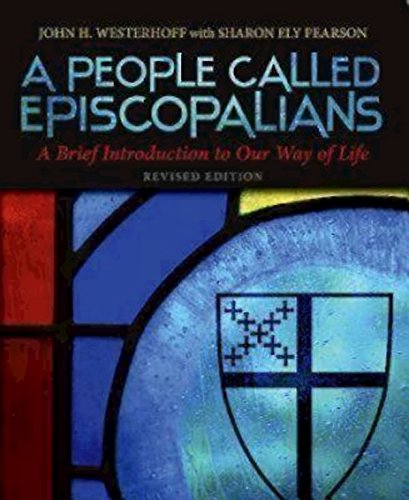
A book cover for A People Called Episcopalians Revised Edition: A Brief Introduction to Our Way of Life; John H. Westerhoff; Christian Books & Bibles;